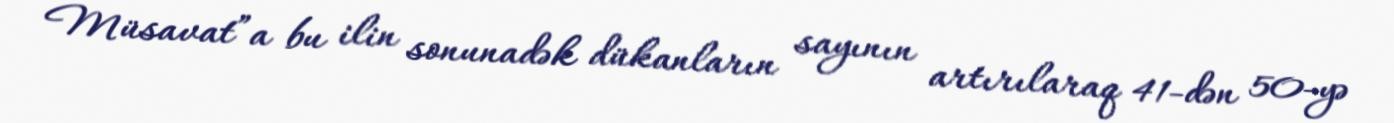
Müsavat”a bu ilin sonunadək dükanların sayının artırılaraq 41-dən 50-yə